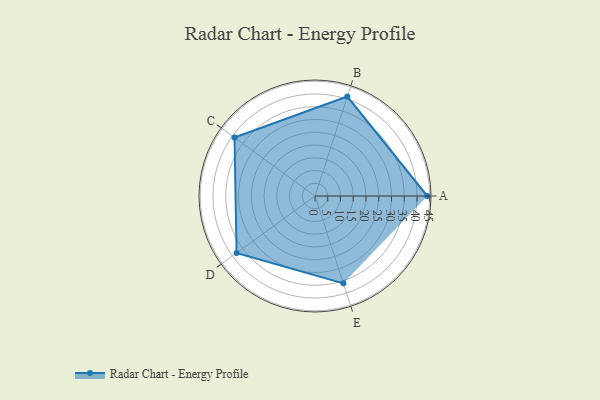
{"axis": {"x": "Skill", "y": "Score"}, "legend": ["Profile"], "data": [{"x": "A", "y": 44.0, "type": "Profile"}, {"x": "B", "y": 41.0, "type": "Profile"}, {"x": "C", "y": 39.0, "type": "Profile"}, {"x": "D", "y": 38.0, "type": "Profile"}, {"x": "E", "y": 36.0, "type": "Profile"}]}